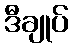
ဒီချုပ်